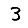
Digit: 3